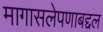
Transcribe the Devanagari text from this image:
मागासलेपणाबद्दल